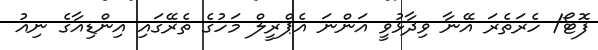
ފޮޓޯ/ ހެރަތެރަ އޭނާ ވިދާޅުވީ އަންނަ އެޕްރީލް މަހުގެ ތެރޭގައި އިންޑިއާގެ ނިއު